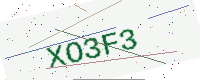
Text: XO3F3